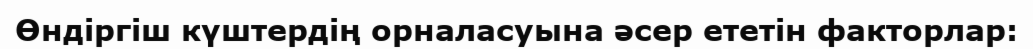
Өндіргіш күштердің орналасуына әсер ететін факторлар: